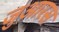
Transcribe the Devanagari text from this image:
जुआरस